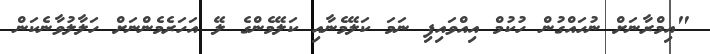
"އިމްރާނަށް ނުހައްގުން ހުކުމް އިއްވައިފި ނަމަ ކަލޭމެނާއި ކަލޭމެންގެ ލޭ އަހަރެމެންނަށް ހަލާލުވާނެކަން